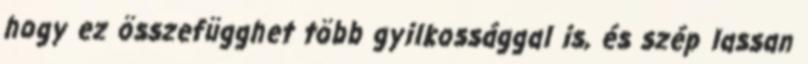
hogy ez összefügghet több gyilkossággal is, és szép lassan